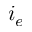
i _ { e }